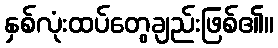
နှစ်လုံးထပ်တွေချည်းဖြစ်၏။